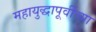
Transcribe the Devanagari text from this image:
महायुद्धापूर्वीच्या